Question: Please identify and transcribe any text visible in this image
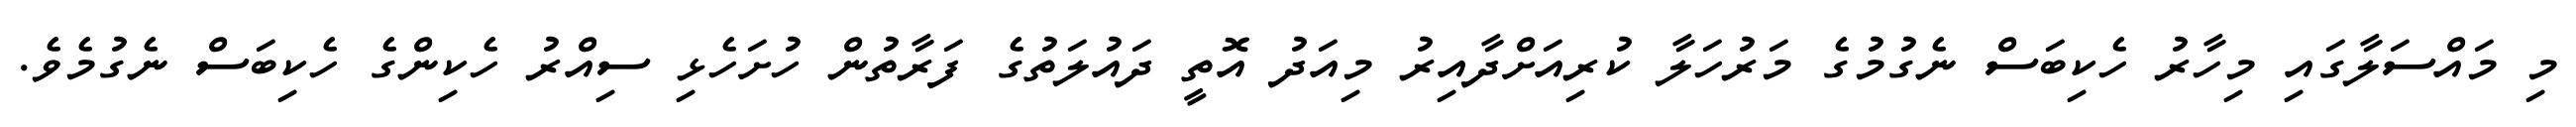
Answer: މި މައްސަލާގައި މިހާރު ހެކިބަސް ނެގުމުގެ މަރުހަލާ ކުރިއަށްދާއިރު މިއަދު އޮތީ ދައުލަތުގެ ފަރާތުން ހުށަހެޅި ސިއްރު ހެކިންގެ ހެކިބަސް ނެގުމެވެ.